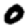
Digit: 0